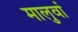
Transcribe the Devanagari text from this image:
मालुवां